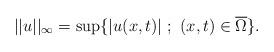
LaTeX: \begin{align*}||u||_{\infty}=\sup\{|u(x,t)| \ ; \ (x,t) \in \overline{\Omega}\}.\end{align*}